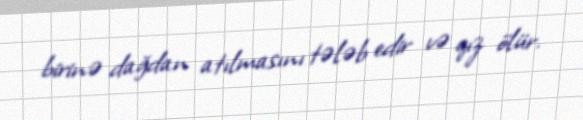
birinə dağdan atılmasını tələb edir və qız ölür.